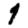
Digit: 1